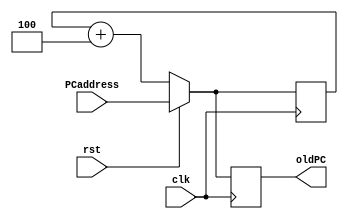
`timescale 1ns / 1ps

module PC(
    input clk, rst,
    input [31:0] PCaddress,
    output reg [31:0] oldPC
    );
    reg [31:0] newPC;

    always@(posedge clk) begin
        if (rst) begin
            newPC =  PCaddress;
            oldPC = newPC;
        end
        else begin
            newPC = newPC + 4;
            oldPC = newPC;
        end
    end
endmodule

module IFID(
    input clk, 
    input [31:0] do,
    output reg [5:0] op, 
    output reg [5:0] func,
    output reg [4:0] rd, rs, rt,
    output reg [15:0] imm
    );

    always@(posedge clk) begin
        op = do [31:26];
        func = do [5:0];
        rs = do [25:21];
        rt = do [20:16];
        rd = do [15:11];
        imm = do [15:0];
    end
endmodule

module IDEXE(
    input clk,wreg, m2reg, wmem,aluimm,
    input [3:0] aluc,
    input [31:0] qa, qb,
    input [4:0] mux,
    input [31:0] extend,
    output reg ewreg, em2reg, ewmem, ealuimm,
    output reg [3:0] ealuc,
    output reg [31:0] eqa, eqb,
    output reg [4:0] emux,
    output reg [31:0] Extender
    );  

    always@(posedge clk) begin
        ewreg = wreg;
        em2reg = m2reg;
        ewmem = wmem;
        ealuimm = aluimm;
        emux = mux;
        ealuc = aluc;
        eqa = qa;
        eqb = qb;
        Extender = extend;
    end    
endmodule

module InstMem(
    input [31:0] a,
    output [31:0] do
    );

    reg [31:0] Inst_memory[0:127];
    initial begin 
    //initialize the first 10 words of the Data memory with the following HEX values.   
    Inst_memory[100]=32'h8D090000; //lw $t1, 0($t0);
    Inst_memory[104]=32'h8D0A0004; //lw $t2, 4($t0);
    Inst_memory[108]=32'h8D0B0008; //lw $t3, 8($t0);
    Inst_memory[112]=32'h8D0C000C; //lw $t4, 12($t0);
    end
    
    assign do = Inst_memory[a];
    
endmodule

module CtrUnit(
    input [5:0] op, func,
    output reg wreg, m2reg, wmem, aluimm, regrt,
    output reg [3:0] aluc
    );

    always@(op,func) begin
        case(op)
            6'b100011: begin
                aluimm = 1;
                aluc = 4'b0010;
                wreg = 1;
                m2reg = 1;
                wmem = 0;
                regrt = 1;
            end
            default: begin           //ignor this time
                aluc = 4'b0000;
                aluimm = 0;
                wreg = 0;
                m2reg = 0;
                wmem = 0;
                regrt = 1;
            end
        endcase
    end
    
endmodule

module RegFile(
    input  we,
    input [4:0] rs, rt, wn, d,
    output reg [31:0] qa, qb
    );
    reg [31:0] registers [0:127];
    initial begin                   //initiallize register file
        registers[0] = 0;
        registers[1] = 0;
        registers[2] = 0;
        registers[3] = 0;
        registers[4] = 0;
        registers[5] = 0;
        registers[6] = 0;
        registers[7] = 0;  
        registers[8] = 0;
        registers[9] = 0;
        registers[10] = 0;
        registers[11] = 0;
        registers[12] = 0;
        registers[13] = 0;
        registers[14] = 0;
        registers[15] = 0;       
    end
    always@(rs, rt) begin
         qa = registers[rs];   //grab value from register file
         qb = registers[rt];
    end 
endmodule

module Extender(
    input [15:0] imm,
    output reg [31:0] long
    );

    always@(imm) begin
        if(imm[15] == 1) begin
            long[31:16] = 16'hffff;
            long[15:0] = imm;
        end
        else begin
            long[31:16] = 16'h0000;
            long[15:0] = imm;
        end
    end
endmodule

module CtrMux(
    input regrt,
    input [4:0] rd, rt,
    output [4:0] wn
    ); 

 assign wn = regrt?rt:rd;
endmodule

module ALUMux(
    input [31:0] qb,
    input [31:0] imm,
    input ealuimm,
    output [31:0] b
    );
    
    assign b = ealuimm?imm:qb;
endmodule    

module ALU(
    input [31:0] a,
    input [31:0] b,
    input [3:0] aluc,
    output reg [31:0] r
    );
    always@(a, b, aluc) begin
       case(aluc)
            4'b0010: begin
                 r = a + b;
            end
            default: begin           //ignor this time
                 r = 0;
            end
        endcase
    end
endmodule
    
module EXEMEM(
    input clk, ewreg, em2reg, ewmem, 
    input [4:0] mux,
    input [31:0] qb,
    input [31:0] r,
    output reg mwreg, mm2reg, mwmem,
    output reg [4:0] mmux,
    output reg [31:0] mqb,
    output reg [31:0] mr
    );
    
    always@(posedge clk) begin
        mwreg = ewreg;
        mm2reg = em2reg;
        mwmem = ewmem;
        mmux = mux;
        mqb = qb;
        mr = r;
    end
endmodule

module DataMem(
    input [31:0] a,
    input [31:0] di,
    input we,
    output reg [31:0] do
    );
    reg [31:0] Data_memory[0:127];
    initial begin
        Data_memory[0]=32'hA00000AA;
        Data_memory[1]=32'h10000011;
        Data_memory[2]=32'h20000022;
        Data_memory[3]=32'h30000033;
        Data_memory[4]=32'h40000044;
        Data_memory[5]=32'h50000055;
        Data_memory[6]=32'h60000066;
        Data_memory[7]=32'h70000077;
        Data_memory[8]=32'h80000088;
        Data_memory[9]=32'h90000099;
    end
    always@(a, di) begin
        if( we == 0) begin
            do = Data_memory[a];
        end
    end
endmodule

module MEMWB(
    input clk, mwreg, mm2reg,
    input [4:0] mux,
    input [31:0] r, do,
    output reg wwreg, wm2reg,
    output reg [4:0] wmux,
    output reg [31:0] wr, wdo
    );
    always@(posedge clk) begin
        wwreg = mwreg;
        wm2reg = mm2reg;
        wmux = mux;
        wr = r;
        wdo =do;
    end
endmodule